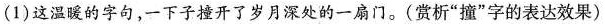
(1)这温暖的字句，一下子撞开了岁月深处的一扇门。〔赏析””字的表达效果)